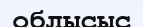
облысыс